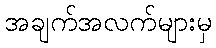
အချက်အလက်များမှ